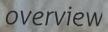
overview